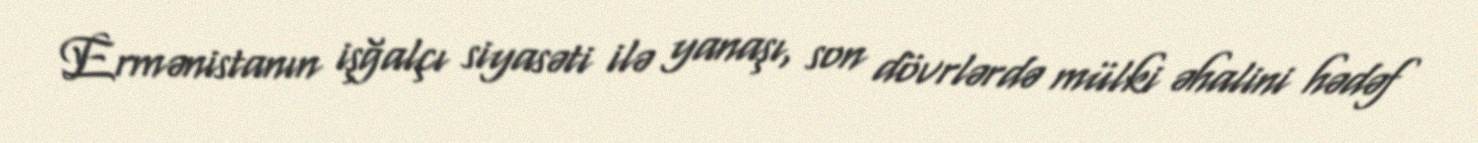
Ermənistanın işğalçı siyasəti ilə yanaşı, son dövrlərdə mülki əhalini hədəf